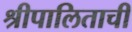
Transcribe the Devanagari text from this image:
श्रीपालिताची